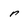
Character: r